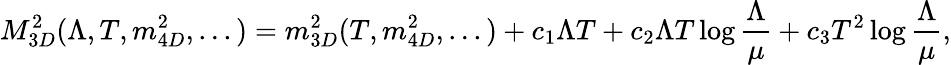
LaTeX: M_{3D}^{2}(\Lambda,T,m_{4D}^{2},...)=m_{3D}^{2}(T,m_{4D}^{2},...)+c_{1}\Lambda T+c_{2}\Lambda T\log{\frac{\Lambda}{\mu}}+c_{3}T^{2}\log{\frac{\Lambda}{\mu}},